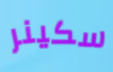
سكينر